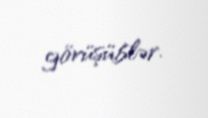
görüşüblər.